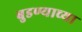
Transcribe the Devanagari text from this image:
बुडण्याच्या